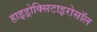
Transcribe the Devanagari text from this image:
हाइड्रोक्सिटाइरोसॉल